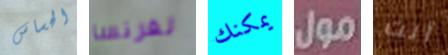
الحساس لفرنسا يمكنك مول أنت